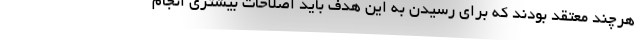
هرچند معتقد بودند که برای رسیدن به این هدف باید اصلاحات بیشتری انجام